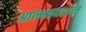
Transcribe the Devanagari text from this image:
आत्मप्रदर्शन